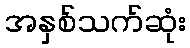
အနှစ်သက်ဆုံး